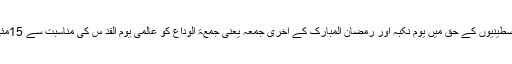
انہوں نے کہا فلسطین پر قائم کی جانے والی ناجائز ریاست اسرائیل کے قیام کے دن کے خلاف فلسطینیوں کے حق میں یوم نکبہ اور رمضان المبارک کے آخری جمعہ یعنی جمعۃ الوداع کو عالمی یوم القد س کی مناسبت سے 15مئی تا 22مئی تک ہفتہ ٔ آزادی القدس بعنوان ”القدس شہداء کا راستہ“ شعار کے تحت منایا جائے گا۔